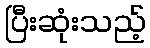
ပြီးဆုံးသည့်